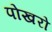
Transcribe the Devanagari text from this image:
पोखरो